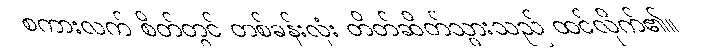
စကားလက် စိတ်တွင် တစ်ခန်းလုံး တိတ်ဆိတ်သွားသည် ထင်လိုက်၏။